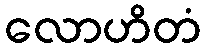
လောဟိတံ